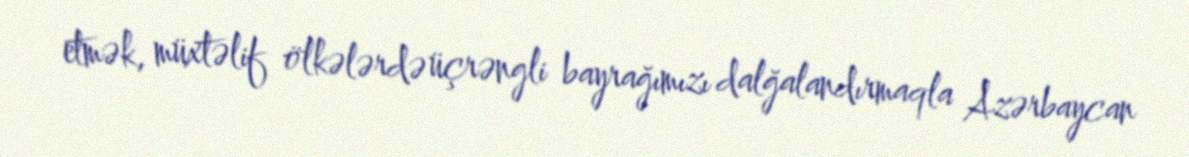
etmək, müxtəlif ölkələrdə üçrəngli bayrağımızı dalğalandırmaqla Azərbaycan